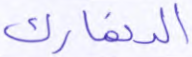
الدنمارك